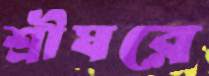
শ্রীঘরে